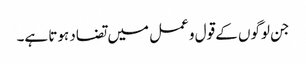
جن لوگوں کے قول و عمل میں تضاد ہوتا ہے۔